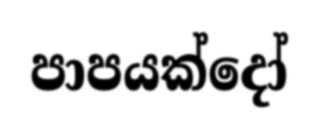
පාපයක්දෝ